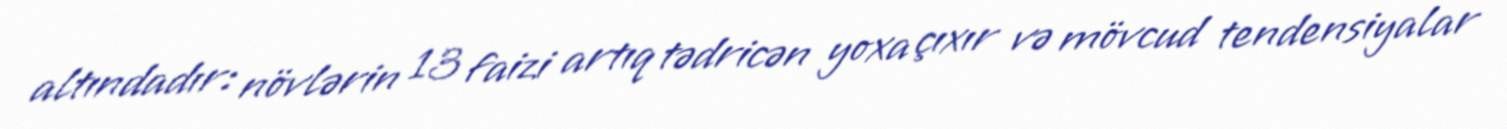
altındadır: növlərin 13 faizi artıq tədricən yoxa çıxır və mövcud tendensiyalar